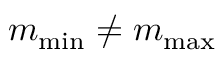
m _ { \operatorname* { m i n } } \neq m _ { \operatorname* { m a x } }